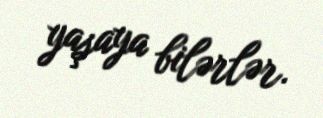
yaşaya bilərlər.